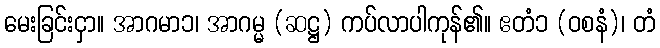
မေးခြင်းငှာ။ အာဂမာ၁၊ အာဂမ္မ (ဆဋ္ဌ) ကပ်လာပါကုန်၏။ ဧတံ၁ (ဝစနံ)၊ တံ